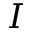
I